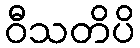
ဝီသတိပိ